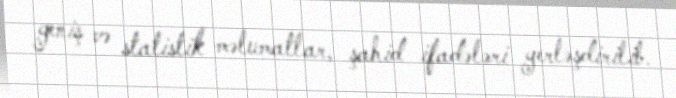
geniş və statistik məlumatlar, şahid ifadələri yerləşdirilib.